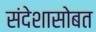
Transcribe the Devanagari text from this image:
संदेशासोबत